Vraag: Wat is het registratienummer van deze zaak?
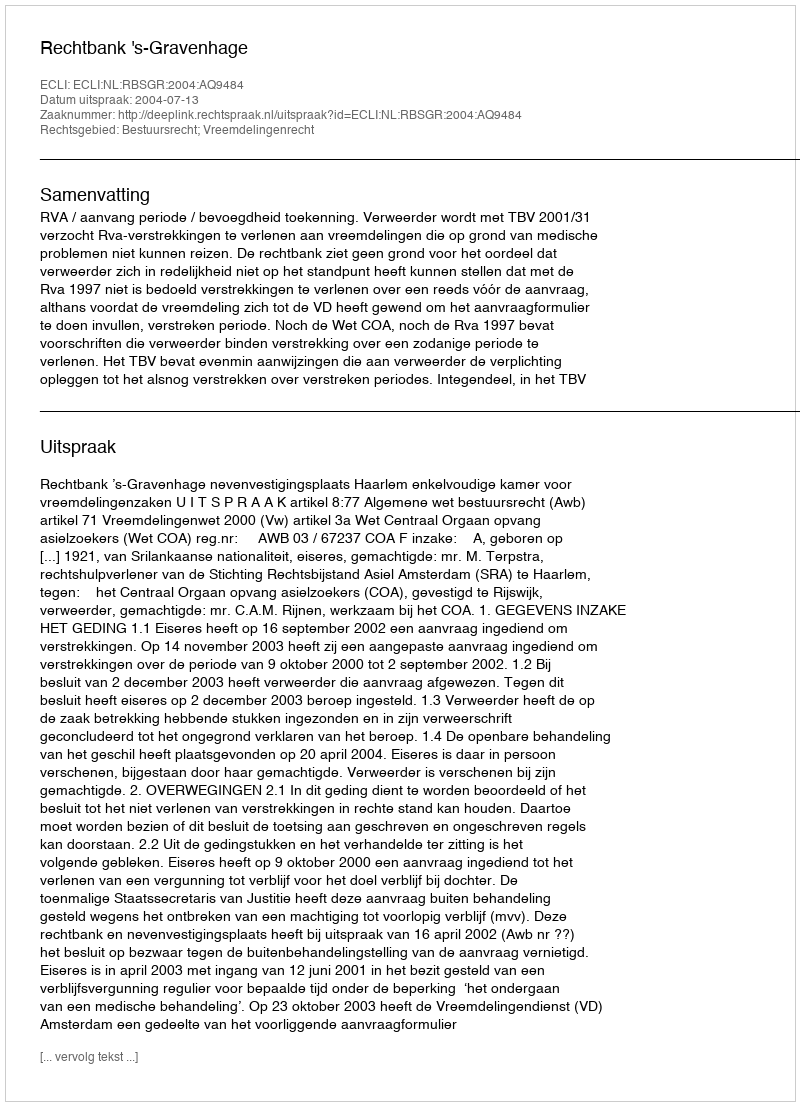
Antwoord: http://deeplink.rechtspraak.nl/uitspraak?id=ECLI:NL:RBSGR:2004:AQ9484